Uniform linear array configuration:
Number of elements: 16
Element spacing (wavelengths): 0.75
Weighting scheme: binomial
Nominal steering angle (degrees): -60
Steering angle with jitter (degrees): -61.489
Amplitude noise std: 0.05
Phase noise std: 0.05

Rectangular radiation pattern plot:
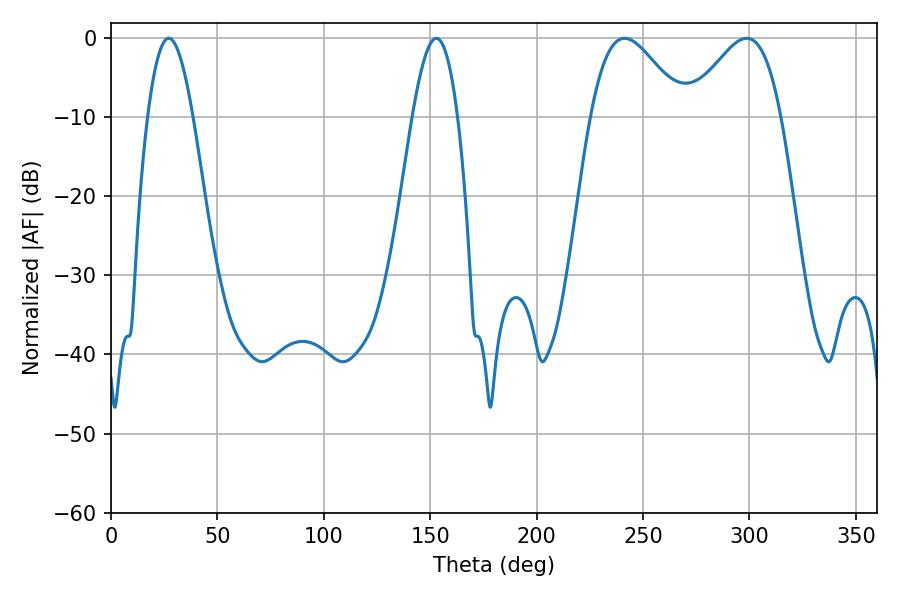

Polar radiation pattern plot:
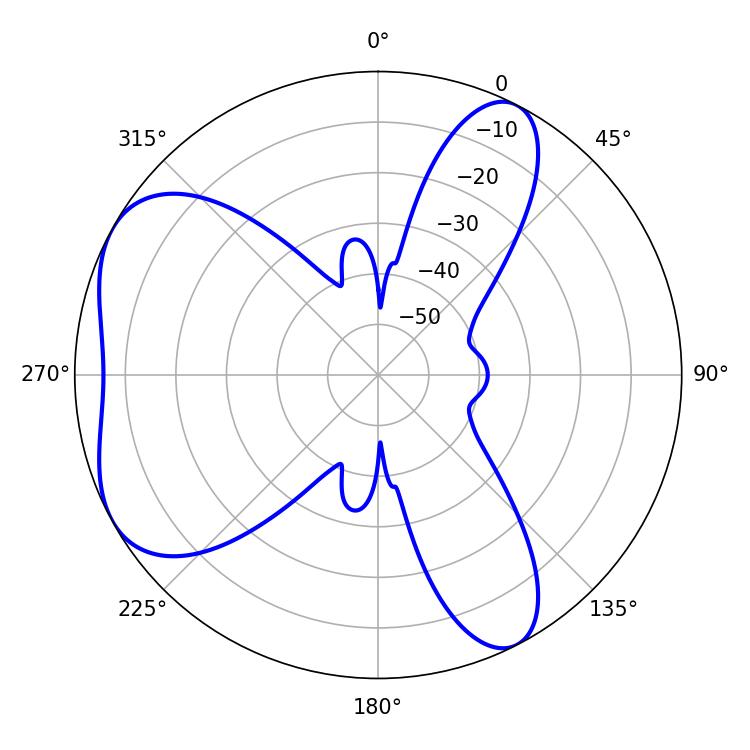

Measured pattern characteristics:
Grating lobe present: TRUE
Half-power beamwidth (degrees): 23.4
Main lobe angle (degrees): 241.38